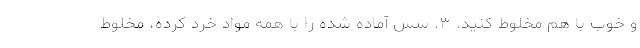
و خوب با هم مخلوط کنید. ۳. سس آماده شده را با همه مواد خرد کرده، مخلوط